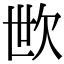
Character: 㰥